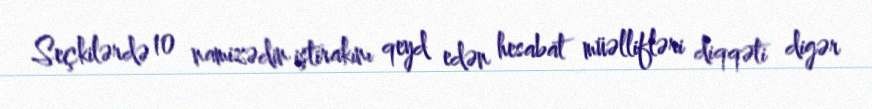
Seçkilərdə 10 namizədin iştirakını qeyd edən hesabat müəllifləri diqqəti digər